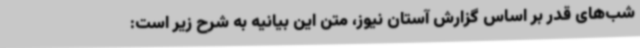
شب‌های قدر بر اساس گزارش آستان نیوز، متن این بیانیه به شرح زیر است: